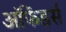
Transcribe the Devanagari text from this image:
ऑफेंडर्स